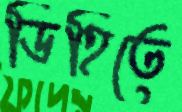
ডিহিতে